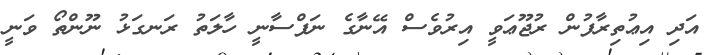
އަދި އިޢުތިރާފުން ރުޖޫޢަވީ އިރުވެސް އޭނާގެ ނަފްސާނީ ހާލަތު ރަނގަޅު ނޫންތޯ ވަނީ